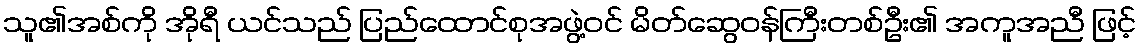
သူ၏အစ်ကို အိုရီ ယင်သည် ပြည်ထောင်စုအဖွဲ့ဝင် မိတ်ဆွေဝန်ကြီးတစ်ဦး၏ အကူအညီ ဖြင့်